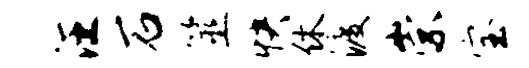
汪石筮快休渡崇宝